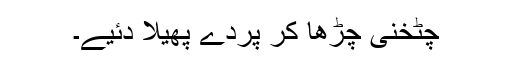
چٹخنی چڑھا کر پردے پھیلا دئیے۔